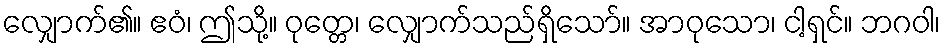
လျှောက်၏။ ဧဝံ၊ ဤသို့။ ဝုတ္တေ၊ လျှောက်သည်ရှိသော်။ အာဝုသော၊ ငါ့ရှင်။ ဘဂဝါ၊